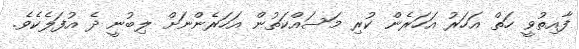
ފާއިތުވީ ހަތް އަހަރު އަހަރެން ކުރި މަސައްކަތުން އަހަރެންނަށް ލިބުނީ ދެ އުފަލެކެވެ.